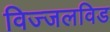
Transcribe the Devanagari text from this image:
विज्जलविड